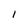
Character: 1